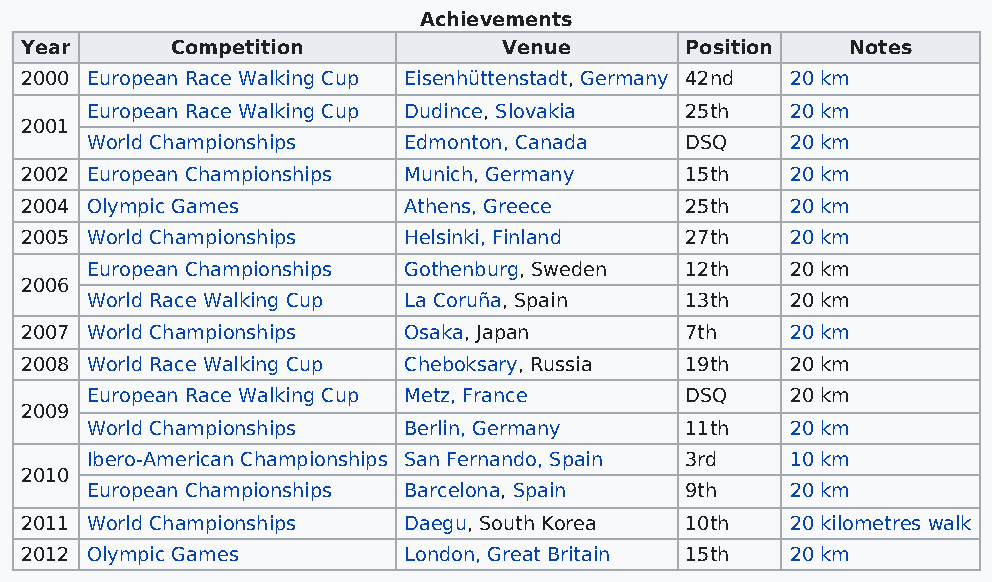
Achievements
 Year      Competition           Venue       Position   Notes
 2000 European Race Walking Cup Eisenhüttenstadt, Germany 42nd 20 km
 European Race Walking Cup Dudince, Slovakia 25th 20 km
 2001
 World Championships  Edmonton, Canada  DSQ    20 km
 2002 European Championships Munich, Germany 15th   20 km
 2004 Olympic Games        Athens, Greece    25th   20 km
 2005 World Championships  Helsinki, Finland 27th   20 km
 European Championships Gothenburg, Sweden 12th 20 km
 2006
 World Race Walking Cup La Coruña, Spain 13th  20 km
 2007 World Championships  Osaka, Japan      7th    20 km
 2008 World Race Walking Cup Cheboksary, Russia 19th 20 km
 European Race Walking Cup Metz, France DSQ    20 km
 2009
 World Championships  Berlin, Germany   11th   20 km
 Ibero-American Championships San Fernando, Spain 3rd 10 km
 2010
 European Championships Barcelona, Spain 9th   20 km
 2011 World Championships  Daegu, South Korea 10th  20 kilometres walk
 2012 Olympic Games        London, Great Britain 15th 20 km